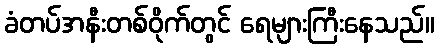
ခံတပ်အနီးတစ်ဝိုက်တွင် ရေများကြီးနေသည်။